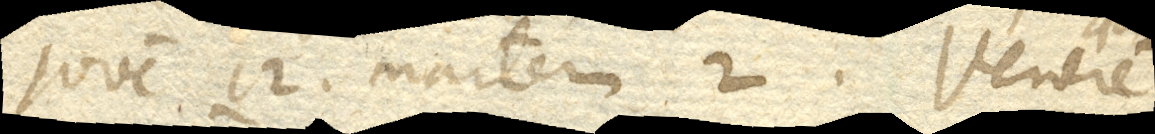
Jovem 12. Martem 2. Venerem